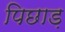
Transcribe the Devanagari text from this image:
पिछाड़